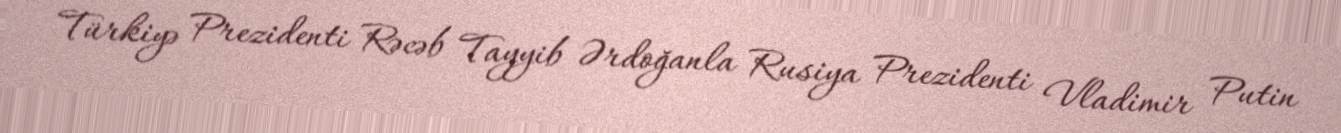
Türkiyə Prezidenti Rəcəb Tayyib Ərdoğanla Rusiya Prezidenti Vladimir Putin